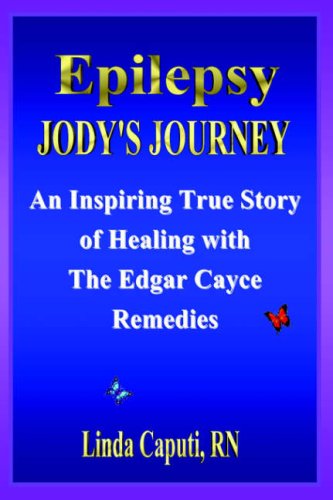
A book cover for Epilepsy - Jody's Journey: An Inspiring True Story of Healing with The Edgar Cayce; Linda Caputi; Health, Fitness & Dieting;